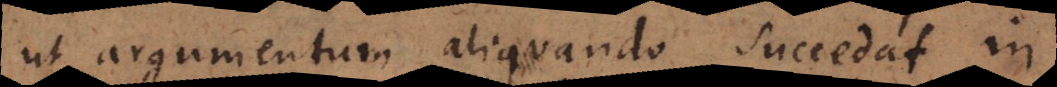
ut argumentum aliquando succedat in